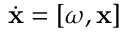
\dot { \bf x } = [ \boldsymbol { \omega } , { \bf x } ]